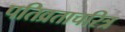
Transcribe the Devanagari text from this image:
पतिव्रताचरित्र